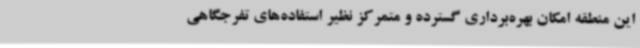
این منطقه امکان بهره‌برداری گسترده و متمرکز نظیر استفاده‌های تفرجگاهی